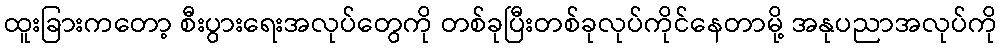
ထူးခြားကတော့ စီးပွားရေးအလုပ်တွေကို တစ်ခုပြီးတစ်ခုလုပ်ကိုင်နေတာမို့ အနုပညာအလုပ်ကို